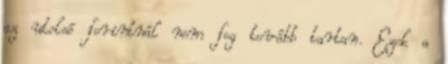
az utolsó forintnál nem fog tovább tartan. Ezek a